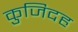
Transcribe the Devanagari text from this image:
कुजिदह